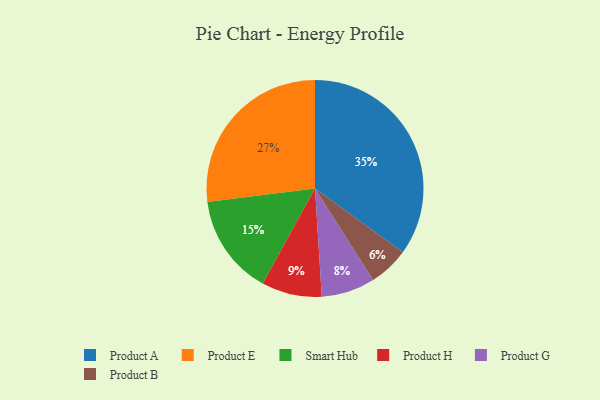
{"axis": {"x": "Category", "y": "Percentage"}, "legend": ["Product A", "Product B", "Product E", "Product G", "Product H", "Smart Hub"], "data": [{"x": "Product B", "y": 6, "type": "Product B"}, {"x": "Product G", "y": 8, "type": "Product G"}, {"x": "Product E", "y": 27, "type": "Product E"}, {"x": "Product H", "y": 9, "type": "Product H"}, {"x": "Product A", "y": 35, "type": "Product A"}, {"x": "Smart Hub", "y": 15, "type": "Smart Hub"}]}